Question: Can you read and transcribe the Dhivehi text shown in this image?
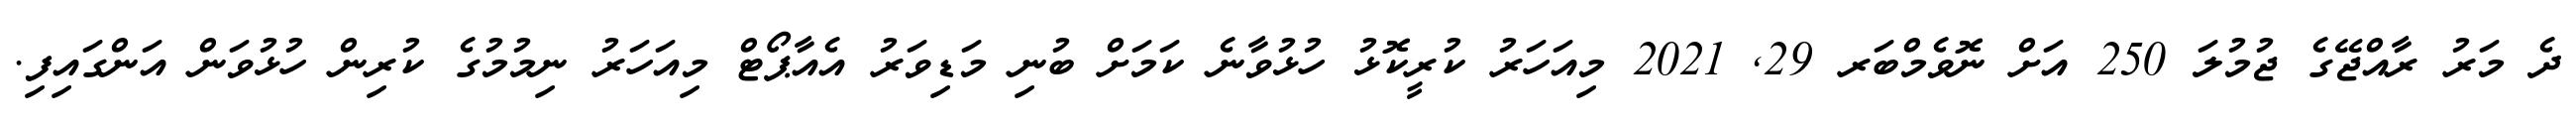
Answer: ދެ މަރު ރާއްޖޭގެ ޖުމުލަ 250 އަށް ނޮވެމްބަރ 29, 2021 މިއަހަރު ކުރީކޮޅު ހުޅުވާނެ ކަމަށް ބުނި މަޑިވަރު އެއާޕޯޓް މިއަހަރު ނިމުމުގެ ކުރިން ހުޅުވަން އަންގައިފި.